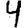
Digit: 4